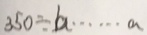
3 5 0 \div b \cdots a